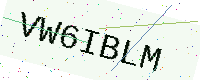
Text: VW6IBLM